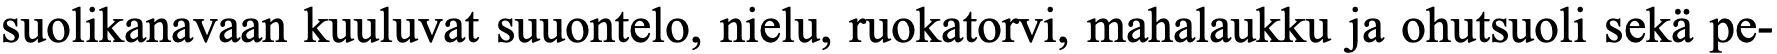
suolikanavaan kuuluvat suuontelo, nielu, ruokatorvi, mahalaukku ja ohutsuoli sekä pe-